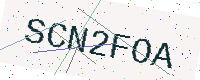
Text: SCN2FOA